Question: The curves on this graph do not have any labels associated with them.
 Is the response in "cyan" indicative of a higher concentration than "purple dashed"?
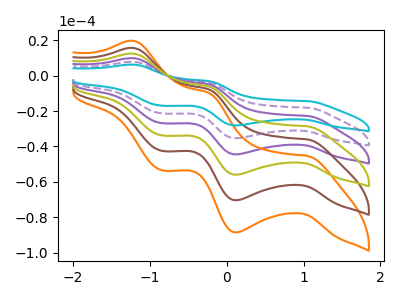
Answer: <think>The purple curve "purple" has anodic peaks at (-1.20V, 15.70uA) (-0.25V, -7.70uA) and cathodic peaks at (1.05V, -36.15uA) (0.10V, -70.65uA) (-0.85V, -42.65uA). The orange curve "orange" has anodic peaks at (-1.20V, 39.25uA) (-0.25V, -19.30uA) and cathodic peaks at (1.05V, -90.40uA) (0.10V, -176.70uA) (-0.85V, -106.65uA). The brown curve "brown" has anodic peaks at (-1.20V, 31.40uA) (-0.25V, -15.45uA) and cathodic peaks at (1.05V, -72.35uA) (0.10V, -141.35uA) (-0.85V, -85.35uA). The cyan curve "cyan" has anodic peaks at (-1.20V, 6.25uA) (-0.25V, -3.05uA) and cathodic peaks at (1.05V, -14.35uA) (0.10V, -28.10uA) (-0.85V, -16.95uA). The purple dashed curve "purple dashed" has anodic peaks at (-1.20V, 7.85uA) (-0.25V, -3.85uA) and cathodic peaks at (1.05V, -18.10uA) (0.10V, -35.35uA) (-0.85V, -21.35uA). The olive curve "olive" has anodic peaks at (-1.20V, 23.55uA) (-0.25V, -11.60uA) and cathodic peaks at (1.05V, -54.25uA) (0.10V, -106.00uA) (-0.85V, -64.00uA).
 All the peaks in "cyan" have a peak in "purple dashed" at the same potential.</think>
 <answer>I cant tell if "cyan" or "purple dashed" has more signal.</answer>
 <eval>mixed_signal</eval>